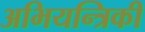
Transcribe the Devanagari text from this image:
अभियन्त्रिकी